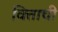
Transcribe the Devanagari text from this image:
वित्ताची